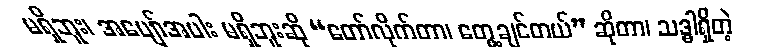
မရှိဘူး၊ အပျော်အပါး မရှိဘူးဆို “တော်လိုက်တာ၊ တွေ့ချင်တယ်” ဆိုတာ၊ သဒ္ဓါရှိတဲ့